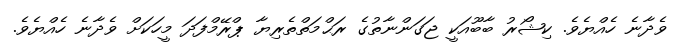
ވެދާނެ ހެއްޔެވެ. ކިޝޯރު ބާބޫއަކީ ޖަގަންނާތުގެ ރަޙްމަތްތެރިޔާ ޕްރޭމްފަދަ މީހަކަށް ވެދާނެ ހެއްޔެވެ.